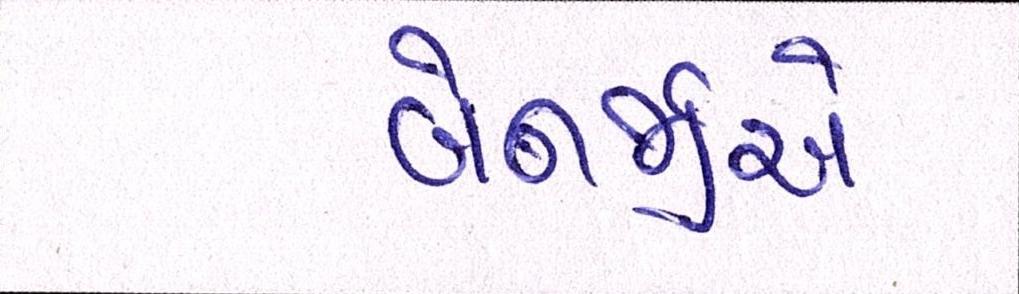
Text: બેનર્જીએ